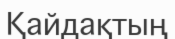
Қайдақтың